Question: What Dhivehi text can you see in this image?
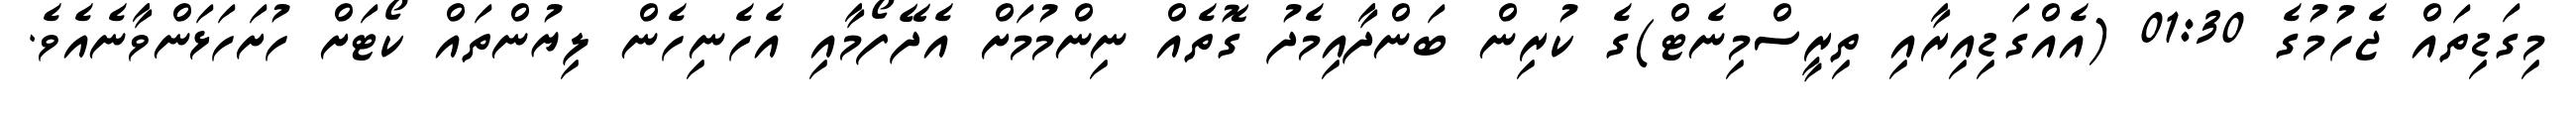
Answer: މިގަޑިތައް ޖެހުމުގެ 01:30 (އެއްގަޑިއިރާއި ތިރީސްމިނެޓް)ގެ ކުރިން ބަންދާއިމެދު ގޮތެއް ނިންމުމަށް އެދޭފޯމާއި އެހެނިހެން ލިޔުންތައް ކޯޓަށް ހުށަހަޅަންވާނެއެވެ.